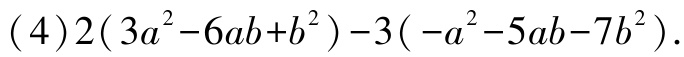
\((4)2(3a^{2}-6ab + b^{2})-3(-a^{2}-5ab - 7b^{2})\)